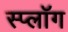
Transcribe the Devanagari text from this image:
स्प्लॉग